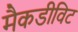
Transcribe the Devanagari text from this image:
मैकडीविट